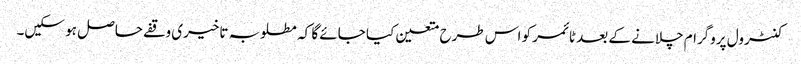
کنٹرول پروگرام چلانے کے بعد ٹائمر کو اس طرح متعین کیا جائے گا کہ مطلوبہ تاخیری وقفے حاصل ہو سکیں۔